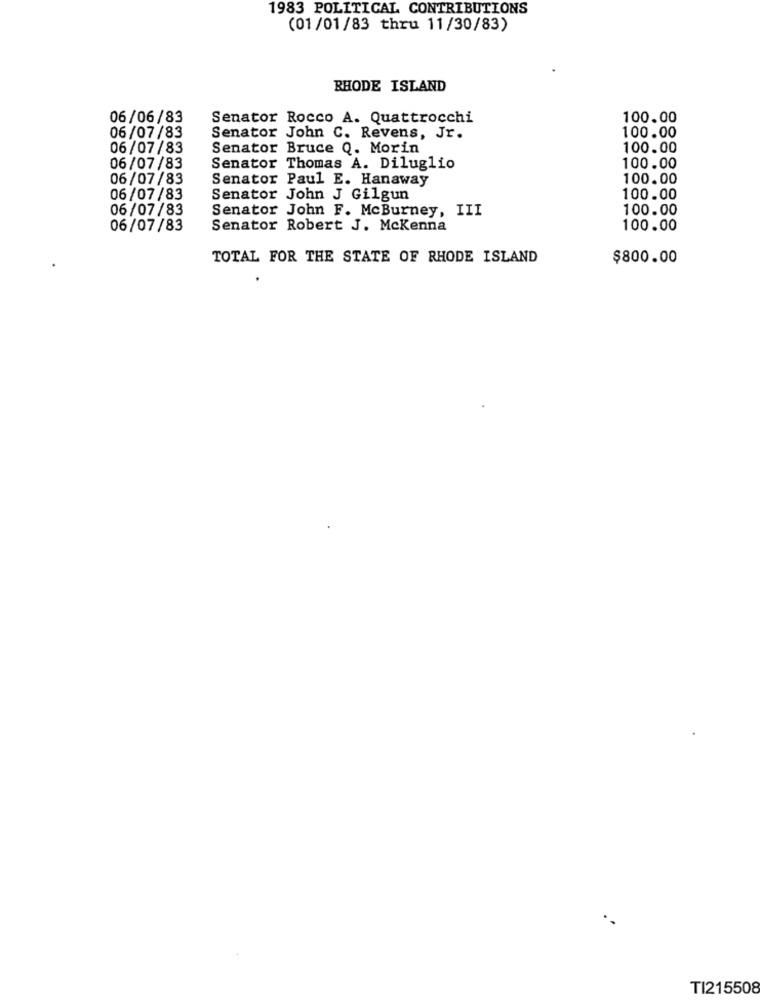
1983 POLITICAL CONTRIBUTIONS
(01/01/83 thru 11/30/83)
RHODE ISLAND
06/06/83
Senator Rocco A. Quattrocchi
100.00
06/07/83
Senator John C. Revens, Jr.
100.00
06/07/83
Senator Bruce Q. Morin
100.00
06/07/83
Senator Thomas A. Diluglio
100.00
06/07/83
Senator Paul E. Hanaway
100.00
06/07/83
Senator John J Gilgun
100.00
06/07/83
Senator John F. McBurney, III
100.00
06/07/83
Senator Robert J. Mckenna
100.00
TOTAL FOR THE STATE OF RHODE ISLAND
$800.00
TI215508